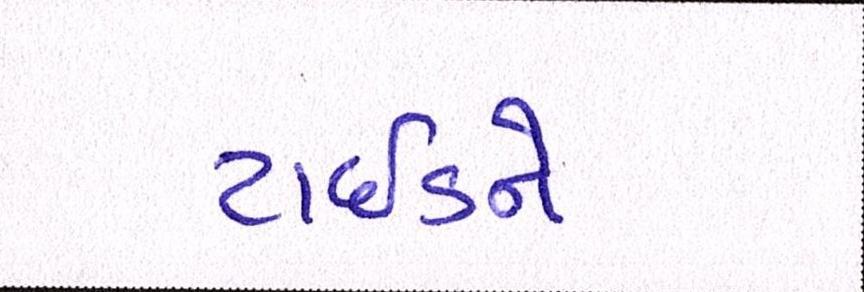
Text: ટાઈડને